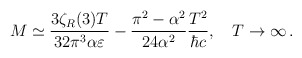
\begin{align*}M\simeq \frac{3\zeta_R(3)T}{32\pi ^3 \alpha\varepsilon}-\frac{\pi^2-\alpha^2}{24 \alpha^2}\frac{T^2}{\hbar c}, \quad T\to\infty \,{.}\end{align*}